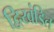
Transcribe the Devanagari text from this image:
द्विखंडित